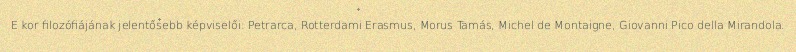
E kor filozófiájának jelentősebb képviselői: Petrarca, Rotterdami Erasmus, Morus Tamás, Michel de Montaigne, Giovanni Pico della Mirandola.